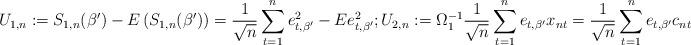
LaTeX: \begin{align*}U_{1,n}:= S_{1,n}(\beta^\prime) - E\left(S_{1,n}(\beta^\prime)\right)= \frac{1}{\sqrt{n}} \sum_{t=1}^{n} e_{t,\beta^\prime} ^2 - E e_{t,\beta'}^2; U_{2,n}:= \Omega_{1}^{-1}\frac{1}{\sqrt{n}}\sum_{t=1}^{n} e_{t,\beta^\prime}x_{nt}= \frac{1}{\sqrt{n}}\sum_{t=1}^{n} e_{t,\beta^\prime}c_{nt}\end{align*}